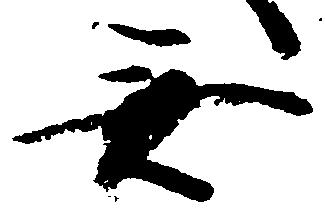
無